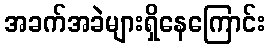
အခက်အခဲများရှိနေကြောင်း